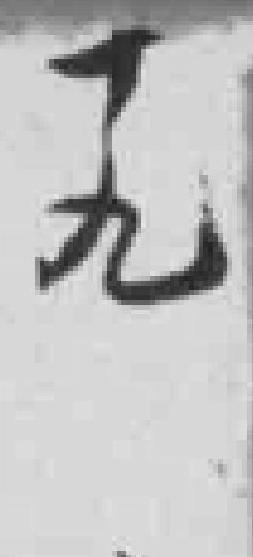
十九